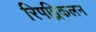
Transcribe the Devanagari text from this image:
रिपब्लिकलन